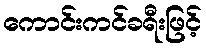
ကောင်းကင်ခရီးဖြင့်